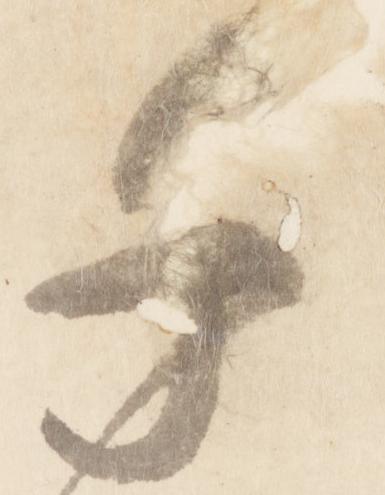
千